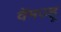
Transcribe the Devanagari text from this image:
वेंमज्हू